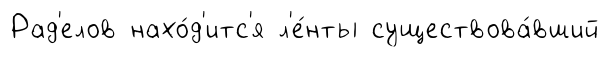
Рад'елов нахо́д'итс'я л'е́нты существова́вший